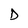
Character: D